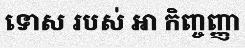
ទោស របស់ ឤ កិញ្ចញ្ញា